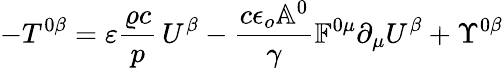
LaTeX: -T^{0\beta}=\varepsilon\frac{\varrho c}{p}\, U^{\beta}-\frac{c\epsilon_{o}\mathbb{A}^{0}}{\gamma}\mathbb{F}^{0\mu}\partial_{\mu}U^{\beta}+\Upsilon^{0\beta}